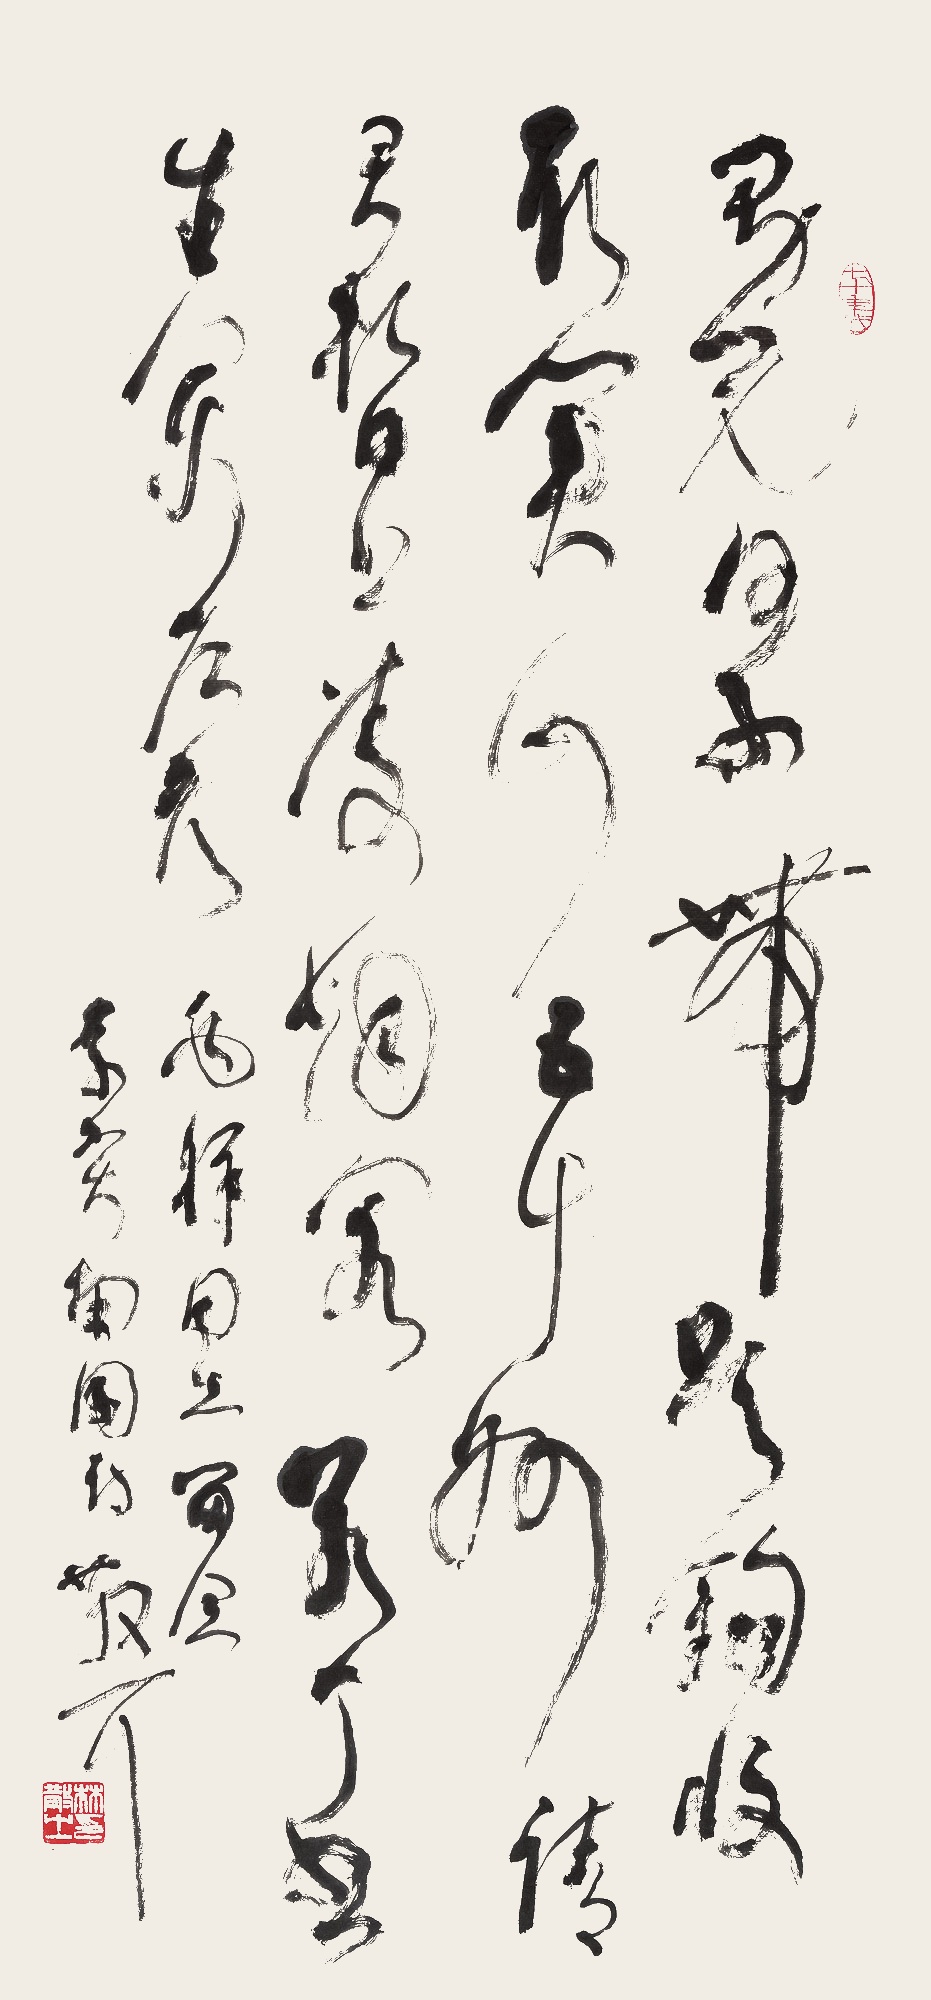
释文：男儿何不带吴钩，收取关山五十州。请君暂上凌烟阁，若个书生万户侯。兆祥同志留念。李贺南园诗。散耳。